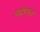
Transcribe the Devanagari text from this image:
रुडॉल्फस